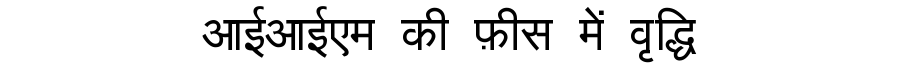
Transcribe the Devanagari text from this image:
आईआईएम की फ़ीस में वृद्धि